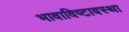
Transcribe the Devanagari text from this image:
भावाविष्टावस्था